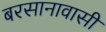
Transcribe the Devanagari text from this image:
बरसानावासी